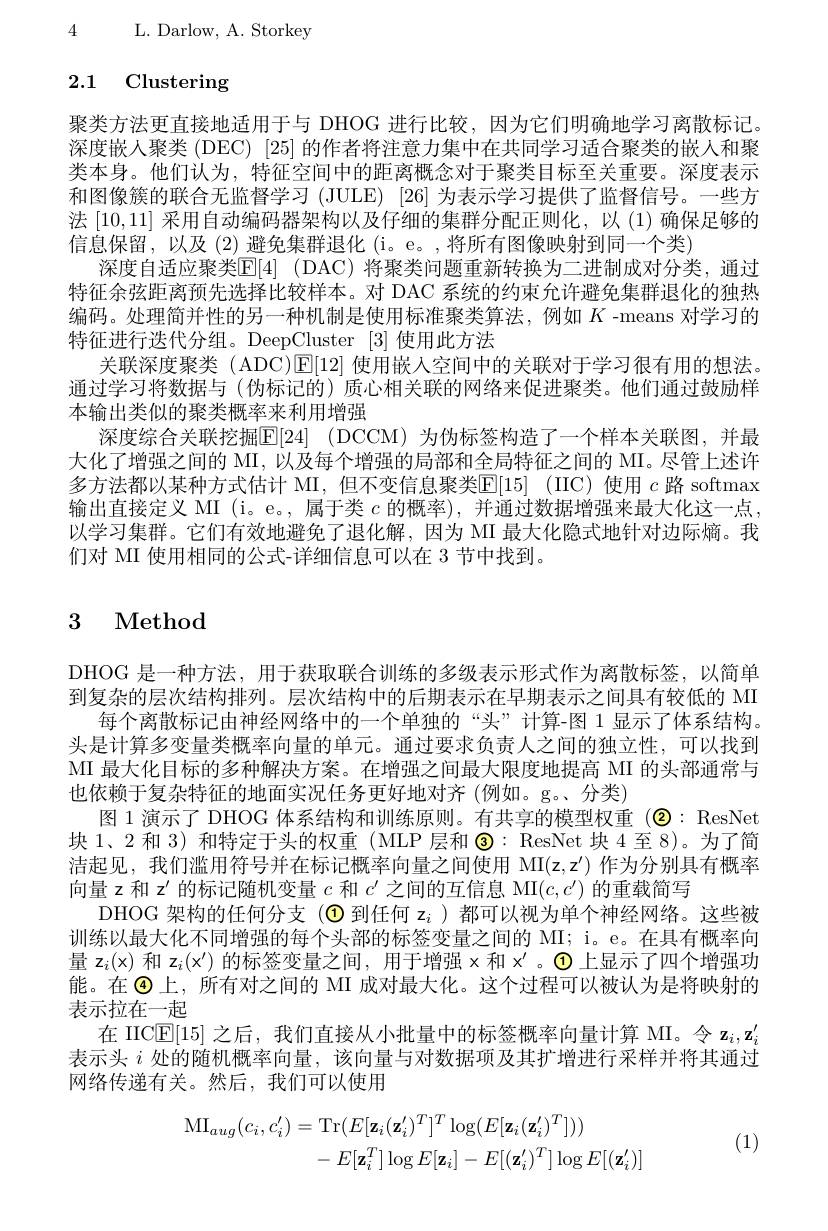
L. Darlow, A. Storkey

4

# 2.1 Clustering

聚类方法更直接地适用于与 DHOG 进行比较，因为它们明确地学习离散标记。深度嵌入聚类 (DEC) [25] 的作者将注意力集中在共同学习适合聚类的嵌人和聚类本身。他们认为，特征空间中的距离概念对于聚类目标至关重要。深度表示和图像簇的联合无监督学习 (JULE) [26] 为表示学习提供了监督信号。一些方法[10,11]采用自动编码器架构以及仔细的集群分配正则化，以(1)确保足够的信息保留，以及(2)避免集群退化(i。e。,将所有图像映射到同一个类)
深度自适应聚类[E]4] $( DAC) 将 聚 类 问 题 重 新 转 换 为 二 进 制 成 对 分 类 , 通 过$ 特征余弦距离预先选择比较样本。对 DAC 系统的约束允许避免集群退化的独热编码。处理简并性的另一种机制是使用标准聚类算法，例如$K$ -means 对学习的特征进行迭代分组。DeepCluster [3]使用此方法
关联深度聚类 (ADC)[E[12] 使用嵌入空间中的关联对于学习很有用的想法。通过学习将数据与(伪标记的)质心相关联的网络来促进聚类。他们通过鼓励样本输出类似的聚类概率来利用增强
深度综合关联挖掘[E[24](DCCM)为伪标签构造了一个样本关联图，并最大化了增强之间的 MI, 以及每个增强的局部和全局特征之间的 MI。尽管上述许多方法都以某种方式估计 MI, 但不变信息聚类E[15] ( $IIC) 使 用 c 路 softmax$ 输出直接定义 MI (i。e。, 属于类$c$的概率),并通过数据增强来最大化这一点， 以学习集群。它们有效地避免了退化解，因为 MI 最大化隐式地针对边际熵。我们对 MI 使用相同的公式-详细信息可以在 3 节中找到。

# 3 Method

DHOG 是一种方法，用于获取联合训练的多级表示形式作为离散标签，以简单到复杂的层次结构排列。层次结构中的后期表示在早期表示之间具有较低的 MI
每个离散标记由神经网络中的一个单独的“头”计算-图 1 显示了体系结构。头是计算多变量类概率向量的单元。通过要求负责人之间的独立性，可以找到MI 最大化目标的多种解决方案。在增强之间最大限度地提高 MI 的头部通常与也依赖于复杂特征的地面实况任务更好地对齐 (例如。g。分类)
图 1 演示了 DHOG 体系结构和训练原则。有共享的模型权重 ($\textcircled{2}:$ ResNet $\text{块 1、 2 和 3) 和 特 定 于 头 的 权 重 ( MLP 层 和 \textcircled { }: ResNet 块 4 至 8) 。为 了 简 }$ 洁起见，我们滥用符号并在标记概率向量之间使用MI$( z, z^{\prime })$作为分别具有概率向量 z 和$z^\prime$的标记随机变量$c$和$c^\prime$之间的互信息 MI$(c,c^\prime)$的重载简写
DHOG 架构的任何分支(◉到任何 z$_i$ )都可以视为单个神经网络。这些被训练以最大化不同增强的每个头部的标签变量之间的 MI; i。e。在具有概率向量 z$_i($x)和 z$_i($x$^\prime)$ 的标签变量之间，用于增强$\times$和$x^\prime$。$\textcircled{1}$上显示了四个增强功能。在◉上，所有对之间的 MI 成对最大化。这个过程可以被认为是将映射的表示拉在一起
在 IIC$\mathbb{E}[15]$之后，我们直接从小批量中的标签概率向量计算 MI。令$\mathbf{z}_i,\mathbf{z}_i^{\prime}$ 表示头$i$处的随机概率向量，该向量与对数据项及其扩增进行采样并将其通过网络传递有关。然后，我们可以使用

(1)
$$\begin{aligned}\mathrm{MI}_{aug}(c_{i},c_{i}^{\prime})&=\mathrm{Tr}(E[\mathbf{z}_{i}(\mathbf{z}_{i}^{\prime})^{T}]^{T}\log(E[\mathbf{z}_{i}(\mathbf{z}_{i}^{\prime})^{T}]))\\&-\:E[\mathbf{z}_{i}^{T}]\log E[\mathbf{z}_{i}]-E[(\mathbf{z}_{i}^{\prime})^{T}]\log E[(\mathbf{z}_{i}^{\prime})]\end{aligned}$$